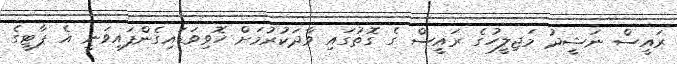
ރައީސް ނަޝީދު މަޖިލީހުގެ ރައީސް ގެ ގޮތުގައި ވާދަކުރުމަށް ހޮވިވަޑައިގެންފައިވަނީ އެ ޕާޓީގެ